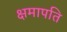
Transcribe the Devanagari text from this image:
क्षमापति